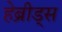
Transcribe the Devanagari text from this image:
हेब्रीड्स